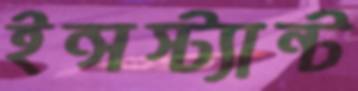
ইন্সস্ট্যান্ট